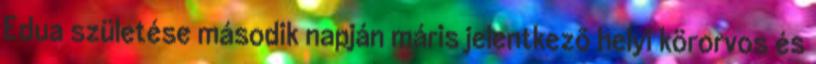
Edua születése második napján máris jelentkezõ helyi körorvos és